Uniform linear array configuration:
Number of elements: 48
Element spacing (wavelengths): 0.25
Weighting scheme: binomial
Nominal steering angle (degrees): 15
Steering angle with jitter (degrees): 14.839
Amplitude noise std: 0.05
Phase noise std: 0.05

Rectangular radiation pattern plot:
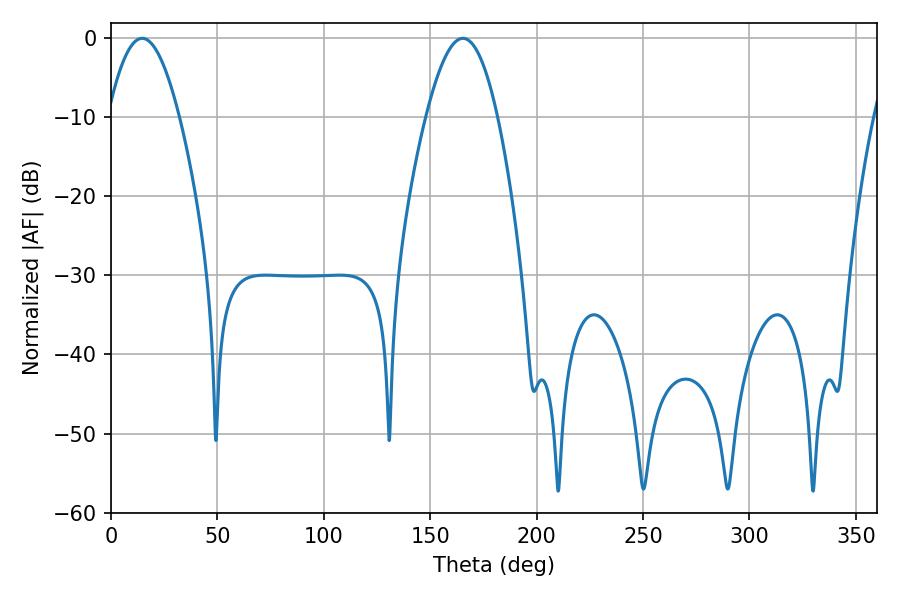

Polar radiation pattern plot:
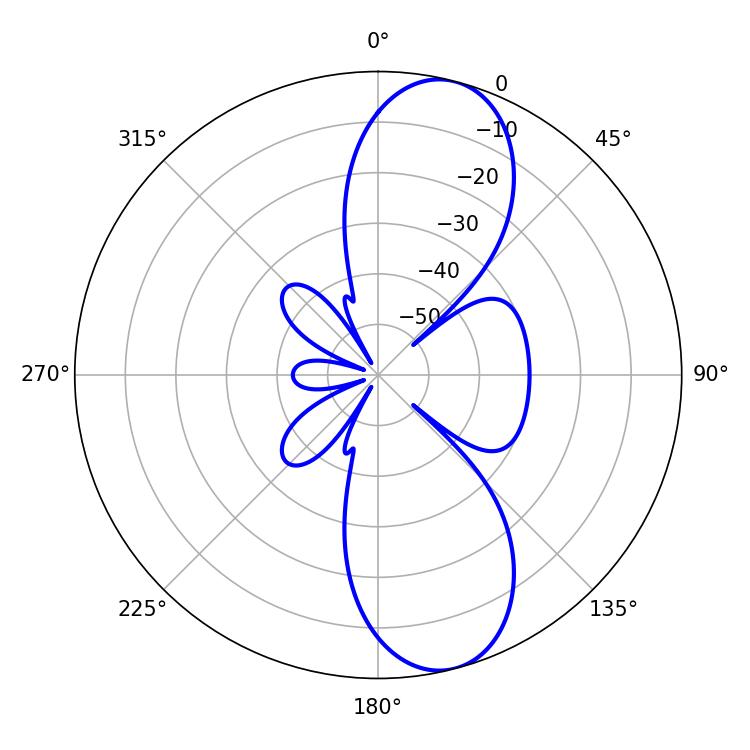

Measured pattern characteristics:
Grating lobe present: FALSE
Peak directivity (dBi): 10.517
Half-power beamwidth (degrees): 18.18
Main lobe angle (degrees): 14.58